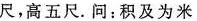
尺，高五尺。问：积及为米